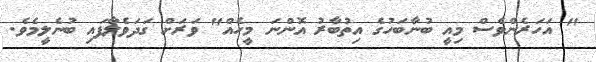
" އަހަރެންވެސް މިއީ ބުނާބަހުގެ އިތުބާރު އޮންނަ މީހެއް" ވަރަށް ގަދަވެލާފައި ބުނެލީމެވެ.